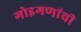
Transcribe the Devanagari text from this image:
गोइगणांची